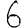
Digit: 6